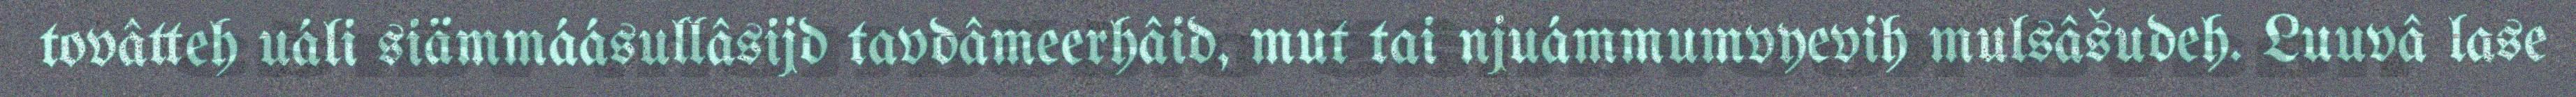
tovâtteh uáli siämmáásullâsijd tavdâmeerhâid, mut tai njuámmumvyevih mulsâšudeh. Luuvâ lase